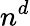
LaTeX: n^{d}